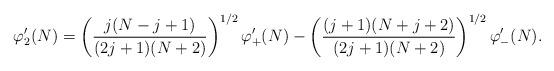
LaTeX: \begin{align*}\varphi'_2(N) = \left(\frac{j (N-j+1)}{(2j+1) (N+2)}\right)^{1/2} \varphi'_+(N) - \left(\frac{(j+1) (N+j+2)}{(2j+1) (N+2)}\right)^{1/2}\varphi'_-(N). \end{align*}